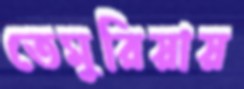
তেমুরিয়ায়